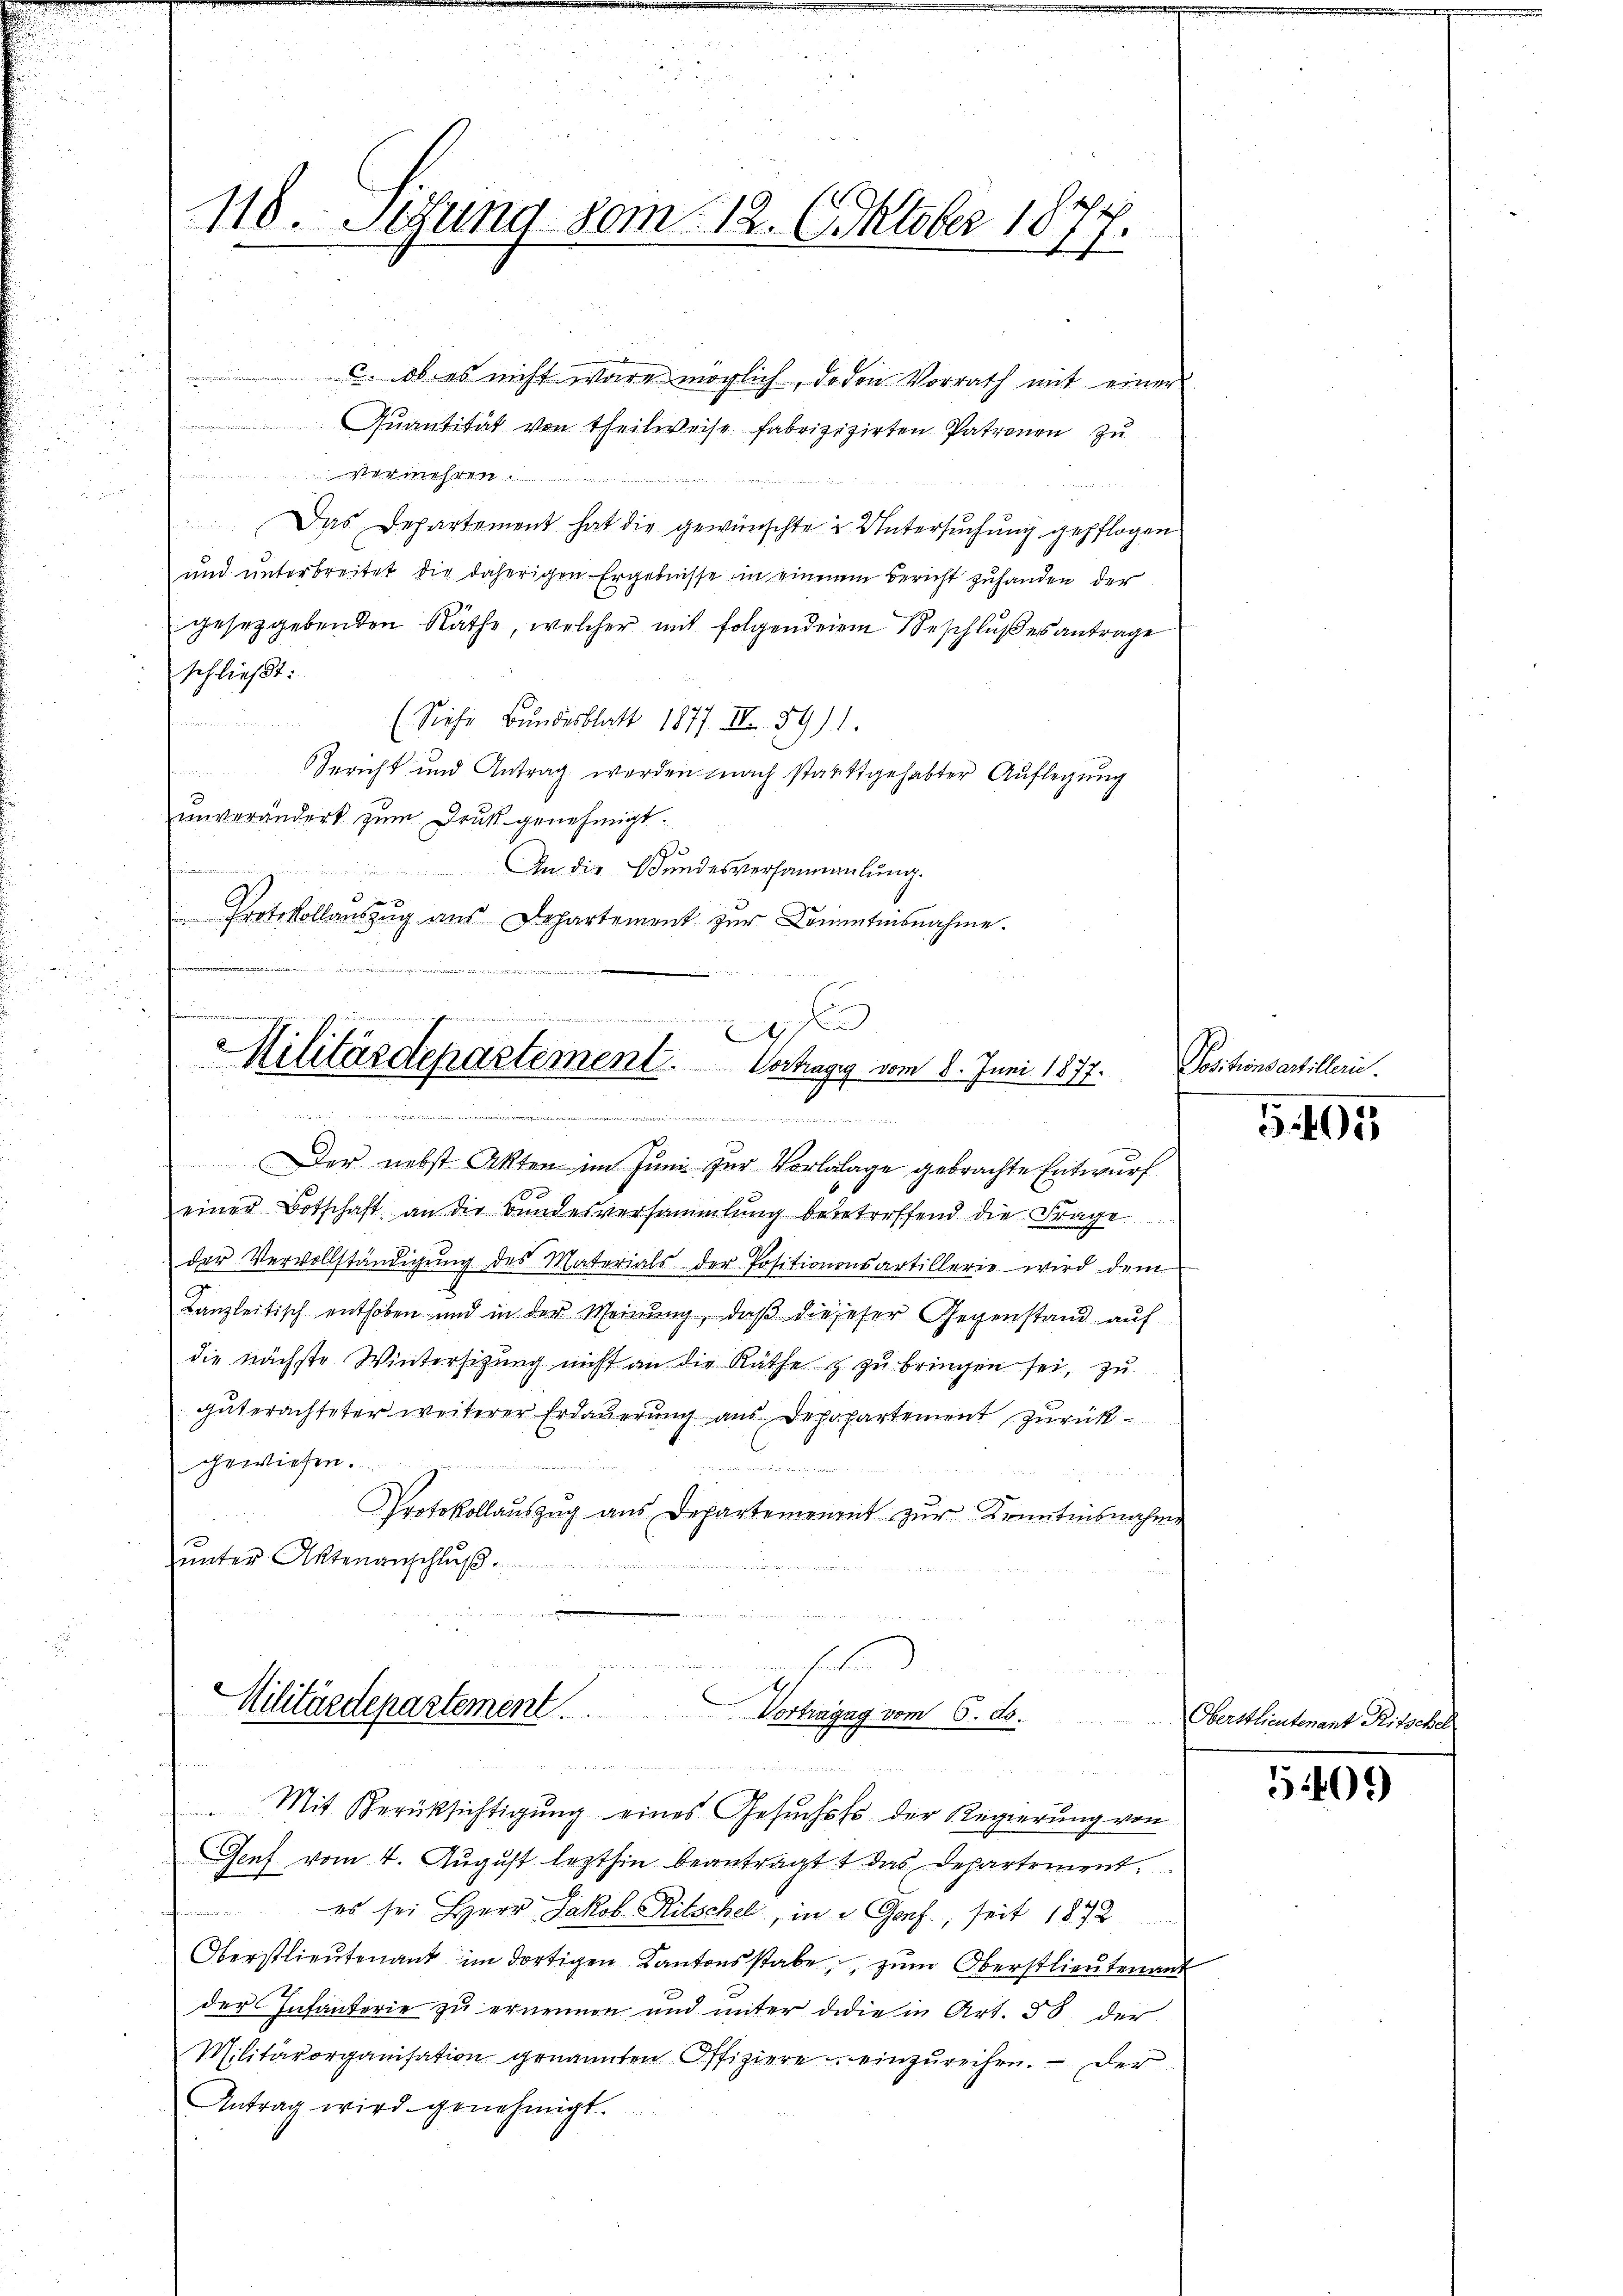
118. Setzung vom 12. Oktober 18
1.

c. Ob es nicht wäre möglich, de den Vorrath mit einer
uantität von Theilweise fabrizizirten Patronen zu
win neuen
Das Departement hat die gewünschte & Untersuchung gepflogen
und unterbreitet die daherigen Ergebnisse in einenm Bericht zuhanden der
gesetzgebenden Räthe, welcher mit folgendenem Beschlußes antrage
schließt:
(Siehe Bundesblatt 1877 III 89)
Gericht und Antrag werden nach stattgehabter Auflegung
unverändert zum Druk genehmigt.
f.
 An die Bundesversammlung.
e
" Protokollaŭszŭg aŭs Departement zŭr Kommtnisnahme.

e
nd
Militärdepartement. Vorhagy vom 8. Juni 1877.
w
......

Der nebst Akten im Juni zur Vorlalage gebrachte Entwurf
einer Botschaft an die Bundesversammlung bebetreffend die Frage
der Vervollständigŭng des Materials der Positionensartillerie wird dem
Kanzleitisch enthoben und in der Meinŭng, daβ diejeser Gegenstand auf
die nächste Wintersitzung nicht an die Räthe & zu bringen sei, zu
guterachteter weiterer Erdauerung aus Depopartement zurückgewiesen.
Protokollaŭszŭg aŭs Departemenant zŭr Kenntnisnahme
unter Aktenanschluß.
u
habe

E
Militärdepartement. Vortragung vom 6. ds.
n war in werde in alle seien und ein eine eine
Mit Berücksichtigung eines Gesuchsso der Regierung von
Genf vom 4. August lezthin beantragt das Departement.

Positionsartillen.

n
 es sei Herr Jakob Ritschel, in d. Genf, seit 1872
Oberstlieutenant im dortigen Kantonsstabe; zum Oberstlieutenant
der Infanterie zu ernennen und unter die in Art. 58. der
Militärorganisation genannten Offiziere einzureihen. Der
Antrag wird genehmigt.

5405

Oberstlieutenant Ritschel

5409)